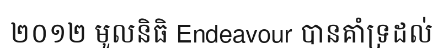
២០១២ មូលនិធិ Endeavour បានគាំទ្រដល់